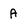
Character: A